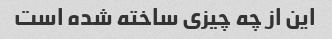
این از چه چیزی ساخته شده است